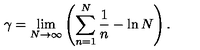
\gamma = \lim _ { N \to \infty } \left( \sum _ { n = 1 } ^ { N } \frac { 1 } { n } - \ln N \right) .